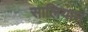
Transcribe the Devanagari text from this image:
सालियान